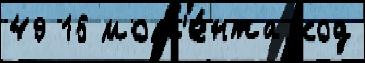
49 16 мом'е́нта код